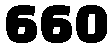
660